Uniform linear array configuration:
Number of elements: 64
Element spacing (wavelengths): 0.5
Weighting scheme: exponential
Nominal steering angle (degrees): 60
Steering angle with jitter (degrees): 60.881
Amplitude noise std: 0.05
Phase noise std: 0.05

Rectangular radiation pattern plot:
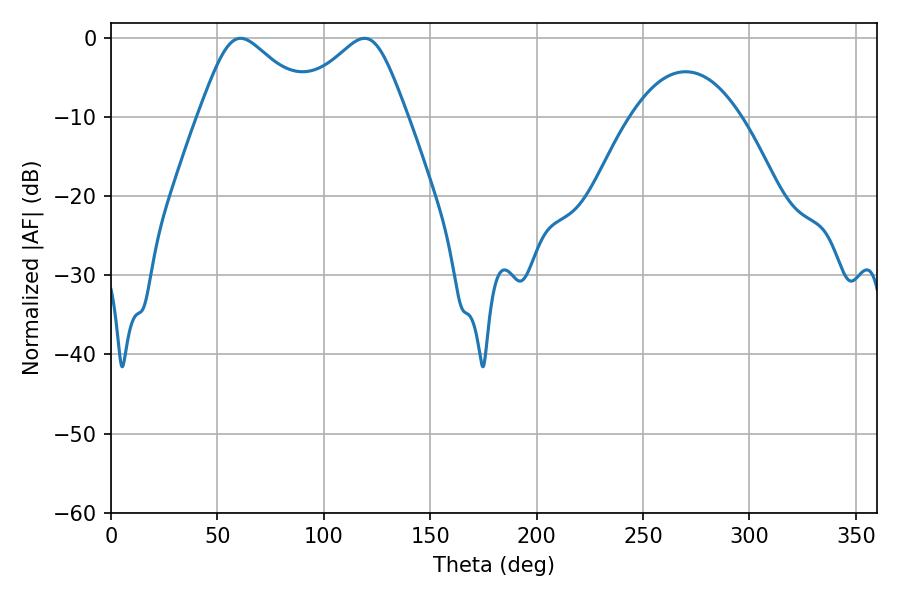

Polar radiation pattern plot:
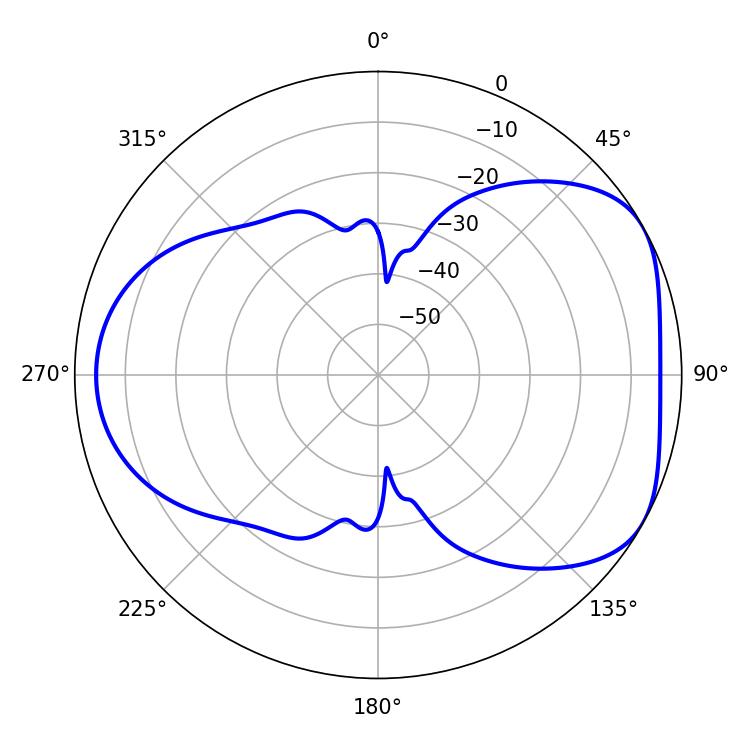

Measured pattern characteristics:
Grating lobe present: FALSE
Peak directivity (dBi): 4.872
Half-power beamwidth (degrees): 26.82
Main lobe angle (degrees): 60.84